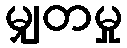
မျှတမှု